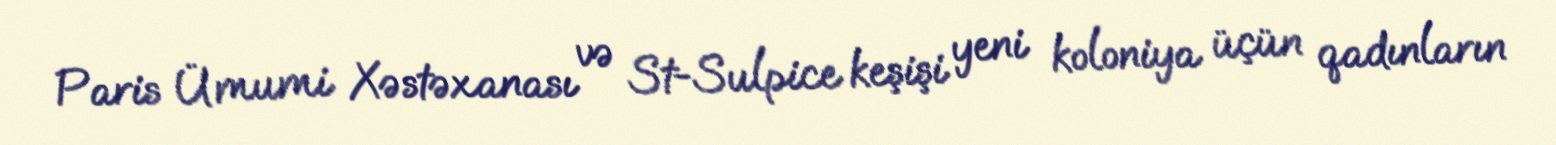
Paris Ümumi Xəstəxanası və St-Sulpice keşişi yeni koloniya üçün qadınların